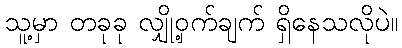
သူ့မှာ တခုခု လျှို့ဝှက်ချက် ရှိနေသလိုပဲ။